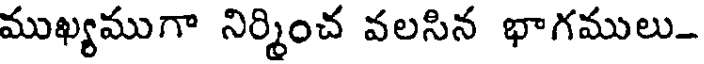
ముఖ్యముగా నిర్మించ వలసిన భాగములు-